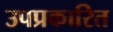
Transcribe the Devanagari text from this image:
उपप्रकारित